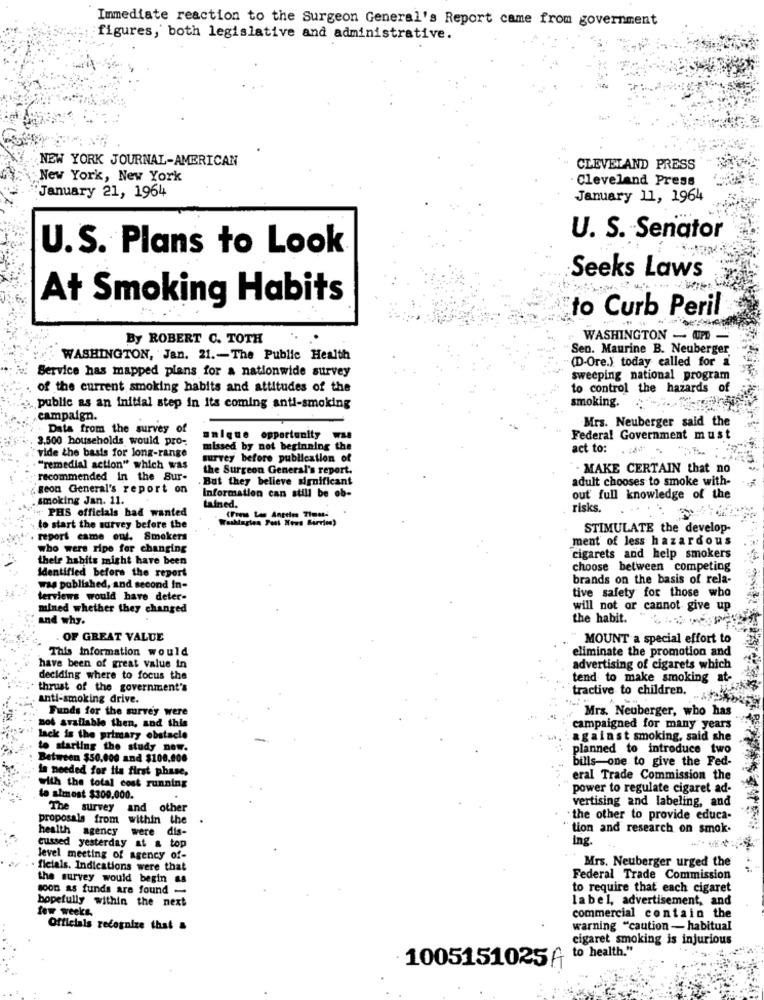
Immediate reaction to the Surgeon General's Report came from government
figures, both legislative and administrative.
NEW YORK JOURNAL-AMERICAN
CLEVELAND PRESS
New York, New York
Cleveland Press
January 21, 1964
January 11, 1964
U. S. Senator
U.S. Plans to Look
Seeks Laws
At Smoking Habits
to Curb Peril
By ROBERT C. TOTH
WASHINGTON - AP -
Sen. Maurine B. Neuberger
WASHINGTON, Jan. 21 .- The Public Health
(D-Ore.) today called for a
Service has mapped plans for a nationwide survey
sweeping national program
of the current smoking habits and attitudes of the
to control the hazards of
smoking.
public as an initial step in Its coming anti-smoking
campaign.
Data from the survey of
Mrs. Neuberger said the
3.500 households would pro-
unique opportunity ww
Federal Government must
missed by not beginning the
act to:
vide the basis for long-range
survey before publication of
"remedial action" which was
the Surgeon General's report.
. MAKE CERTAIN that no
recommended in the Sur-
But they believe significant
adult chooses to smoke with-
geon General's report on
Information can still be ob-
smoking Jan. 11.
out full knowledge of the
PHS officials had wanted
tained.
risks.
to start the survey before the
STIMULATE the develop-
report came out. Smokers
ment of less hazardous
who were ripe for changing
thele habits might have been
cigarets and help smokers
Identified before the report
choose between competing
brands on the basis of rela-
was published, and second In-
terviews would have deter-
tive safety for those who
mined whether they changed
will not or cannot give up
and why.
the habit.
.OF GREAT VALUE
MOUNT a special effort to
This Information would
eliminate the promotion and
have been of great value in
advertising of cigarets which
deciding where to focus the
tend to make smoking at-
thrust of the government's
tractive to children.
anti-smoking drive.
Funds for the survey were
Mrs. Neuberger, who has
not available then, and this
campaigned for many years
lack is the primary obstacle
against smoking, said she
to starting the study now.
planned to introduce two
Between $50.000 and $100,000
bills-one to give the Fed-
in needed for its first phase,
eral Trade Commission the
with the total cost running
power to regulate cigaret ad-
to almost $300.000.
.
vertising and labeling, and
The survey and other
proposals from within the
" the other to provide educa-
tion and research on smok.
health agency were dis-
ing.
cussed yesterday at & top
level meeting of agency of-
ficials. Indications were that
Mrs. Neuberger urged the
the survey would begin as
Federal Trade Commission
soon as funds are found
to require that each cigaret
hopefully within the next
label, advertisement, and
few weeks.
commercial contain the
Officials recognize that
warning "caution - habitual
cigaret smoking is injurious
to health."
1005151025A